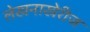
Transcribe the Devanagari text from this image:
लेखनाखेरीज